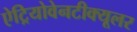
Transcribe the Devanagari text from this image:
ऐट्रियोवेनटीक्यूलर